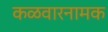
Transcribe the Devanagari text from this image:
कळवारनामक